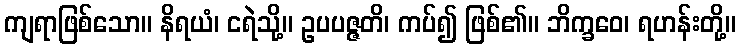
ကျရာဖြစ်သော။ နိရယံ၊ ငရဲသို့။ ဥပပဇ္ဇတိ၊ ကပ်၍ ဖြစ်၏။ ဘိက္ခဝေ၊ ရဟန်းတို့။